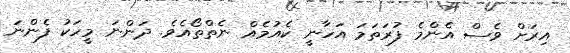
އިރަށް ވެސް އެންމެ ފުރަތަމަ އަހާނީ ކެއުމެއް ނެތްތޯއެވެ. ދަންނަ މީހަކު ފެންނަ